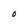
Character: O